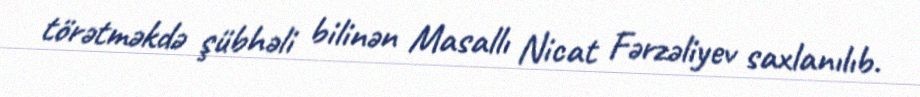
törətməkdə şübhəli bilinən Masallı Nicat Fərzəliyev saxlanılıb.